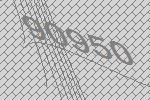
90950